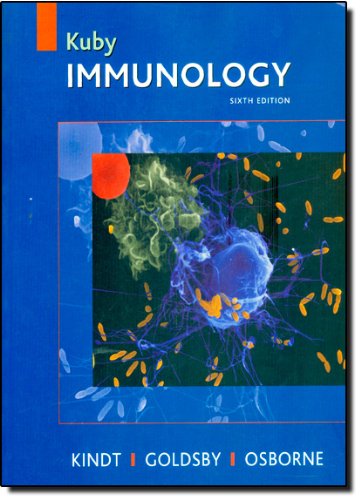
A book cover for Kuby Immunology, Sixth Edition; Thomas J. Kindt; Medical Books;